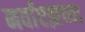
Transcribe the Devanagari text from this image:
नर्वाएझच्या